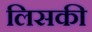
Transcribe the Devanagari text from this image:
लिसकी